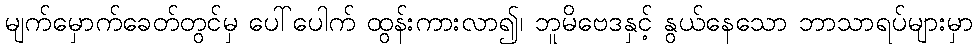
မျက်မှောက်ခေတ်တွင်မှ ပေါ်ပေါက် ထွန်းကားလာ၍၊ ဘူမိဗေဒနှင့် နွယ်နေသော ဘာသာရပ်များမှာ